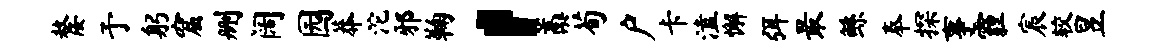
嫠予躬窟删阔园莽沱邪鞠，藁荀户卡溘懈弭最鲧奉探事霾宸较昱